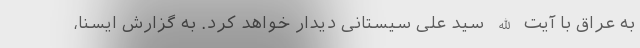
به عراق با آیت الله سید علی سیستانی دیدار خواهد کرد. به گزارش ایسنا،